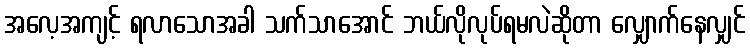
အလေ့အကျင့် ရလာသောအခါ သက်သာအောင် ဘယ်လိုလုပ်ရမလဲဆိုတာ လျှောက်နေလျှင်